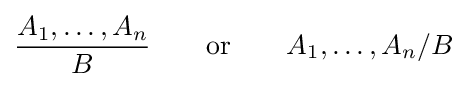
{\frac {A_{1},\dots ,A_{n}}{B}}\qquad {\text{or}}\qquad A_{1},\dots ,A_{n}/B